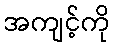
အကျင့်ကို